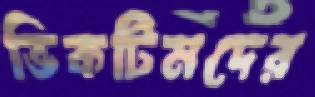
ভিকটিমদের